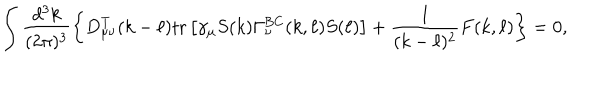
\int \frac { d ^ { 3 } k } { ( 2 \pi ) ^ { 3 } } \left\{ D _ { \mu \nu } ^ { \mathrm { T } } ( k - \ell ) \mathrm { t r } \left[ \gamma _ { \mu } S ( k ) \Gamma _ { \nu } ^ { \mathrm { B C } } ( k , \ell ) S ( \ell ) \right] + \frac { 1 } { ( k - \ell ) ^ { 2 } } F ( k , \ell ) \right\} = 0 ,